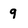
Character: 9